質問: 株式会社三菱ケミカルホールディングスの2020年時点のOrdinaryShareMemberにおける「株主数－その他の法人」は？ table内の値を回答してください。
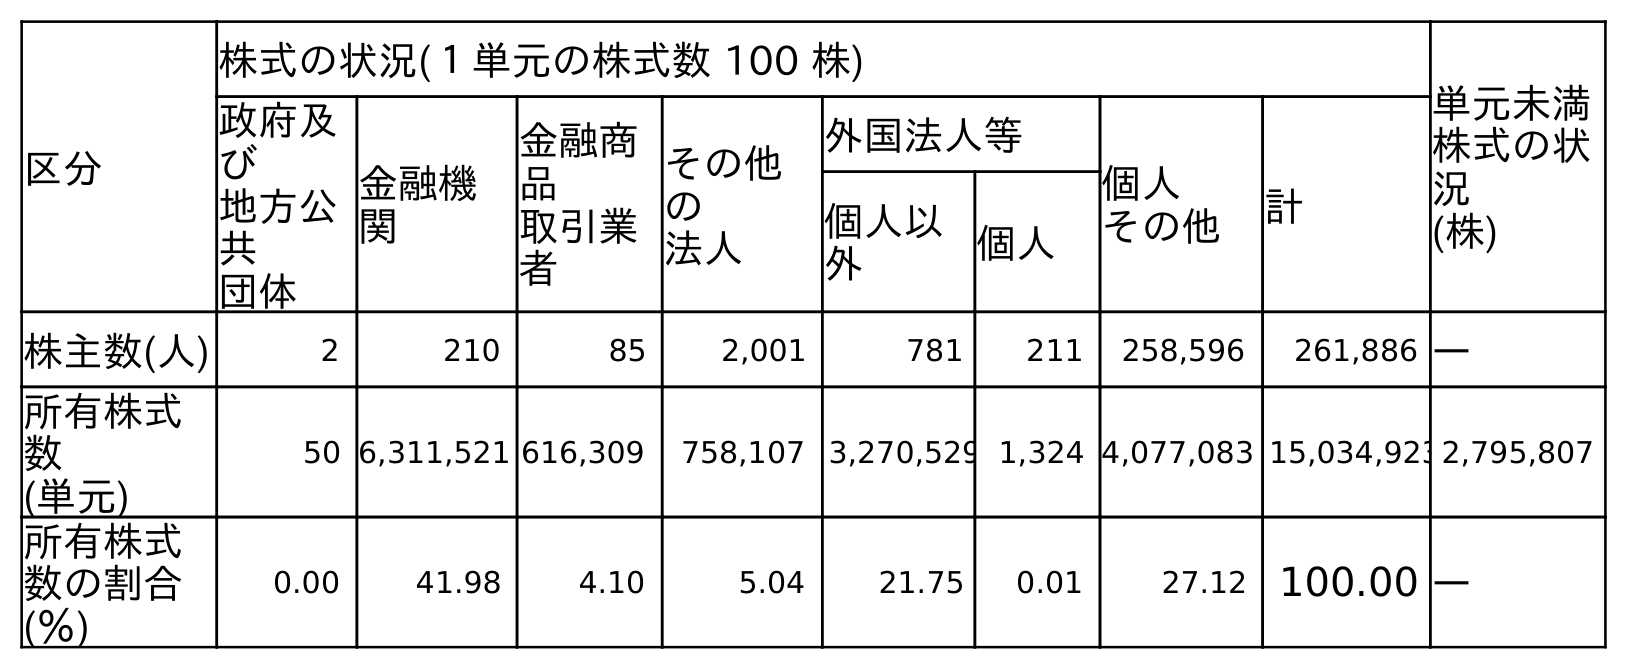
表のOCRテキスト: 区分 株式の状況(１単元の株式数 100 株) 単元未満 株式の状 況 (株) 政府及 び 地方公 共 団体 金融機 関 金融商 品 取引業 者 その他 の 法人 外国法人等 個人 その他 計 個人以 外 個人 株主数(人) 2 210 85 2,001 781 211 258,596 261,886 ― 所有株式 数 (単元) 50 6,311,521 616,309 758,107 3,270,529 1,324 4,077,083 15,034,9232,795,807 所有株式 数の割合 (％) 0.00 41.98 4.10 5.04 21.75 0.01 27.12 100.00 ―
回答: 2,001